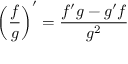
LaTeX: \left( { \frac { f } { g } } \right) ^ { \prime } = { \frac { f ^ { \prime } g - g ^ { \prime } f } { g ^ { 2 } } } \quad